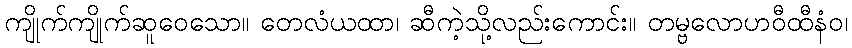
ကျိုက်ကျိုက်ဆူဝေသော။ တေလံယထာ၊ ဆီကဲ့သို့လည်းကောင်း။ တမ္ဗလောဟဝီထီနံဝ၊